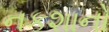
નકશાનો